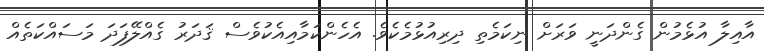
އާއިލާ އުޅެމުން ގެންދަނީ ވަރަށް ނިކަމެތި ދިރިއުޅުމެކެވެ. އެހެންކަމާއިއެކުވެސް ޤަދަރު ގެއްލޭފަދަ މަސައްކަތެއް